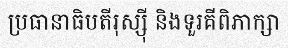
ប្រធានាធិបតីរុស្ស៊ី និងទួរគីពិភាក្សា